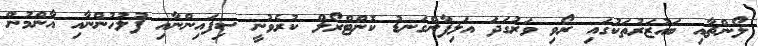
ލޯންޗާއި ބައުޒަރުތަކުގައި ރޯވި ވަރުގަދަ އަލިފާންގަނޑު ކޮންޓްރޯލް ކުރެވުނީ ސިފައިންނާއި ފުލުހުންނާއި އާންމުން